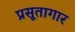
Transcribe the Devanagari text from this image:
प्रसूतागार